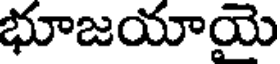
భూజయాయె